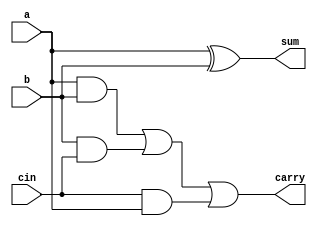
module full_adder (
    input a, b, cin,
    output sum, carry
);

    wire w1, w2, w3, w4;

    xor w1 (sum, a, b);
    and w2 (w2, a, b);
    and w3 (w3, b, cin);
    and w4 (w4, cin, a);

    or or_gate (carry, w2, w3, w4);

endmodule